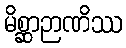
မိစ္ဆာဉာဏိဿ